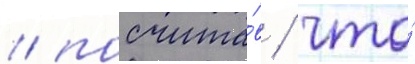
/ посчита́в / что́